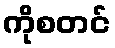
ကိုစတင်